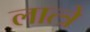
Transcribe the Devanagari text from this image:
लात्त्रे